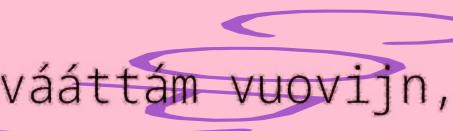
vááttám vuovijn,